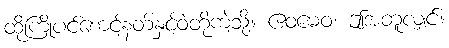
ထိုကြို့ပင်စောင့်နတ်နှင့်ဝံတို့ကဲ့သို့။ ဧဝမေဝ၊ ဤအတူလျှင်။